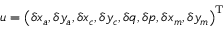
u = \left( \delta x _ { a } , \delta y _ { a } , \delta x _ { c } , \delta y _ { c } , \delta q , \delta p , \delta x _ { m } , \delta y _ { m } \right) ^ { \mathrm { T } }